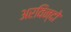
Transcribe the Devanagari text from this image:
अरविन्दो